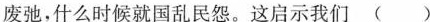
废弛，什么时候就国乱民怨。这启示我们 ()